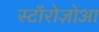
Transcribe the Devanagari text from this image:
स्टॉरोज़ोआ